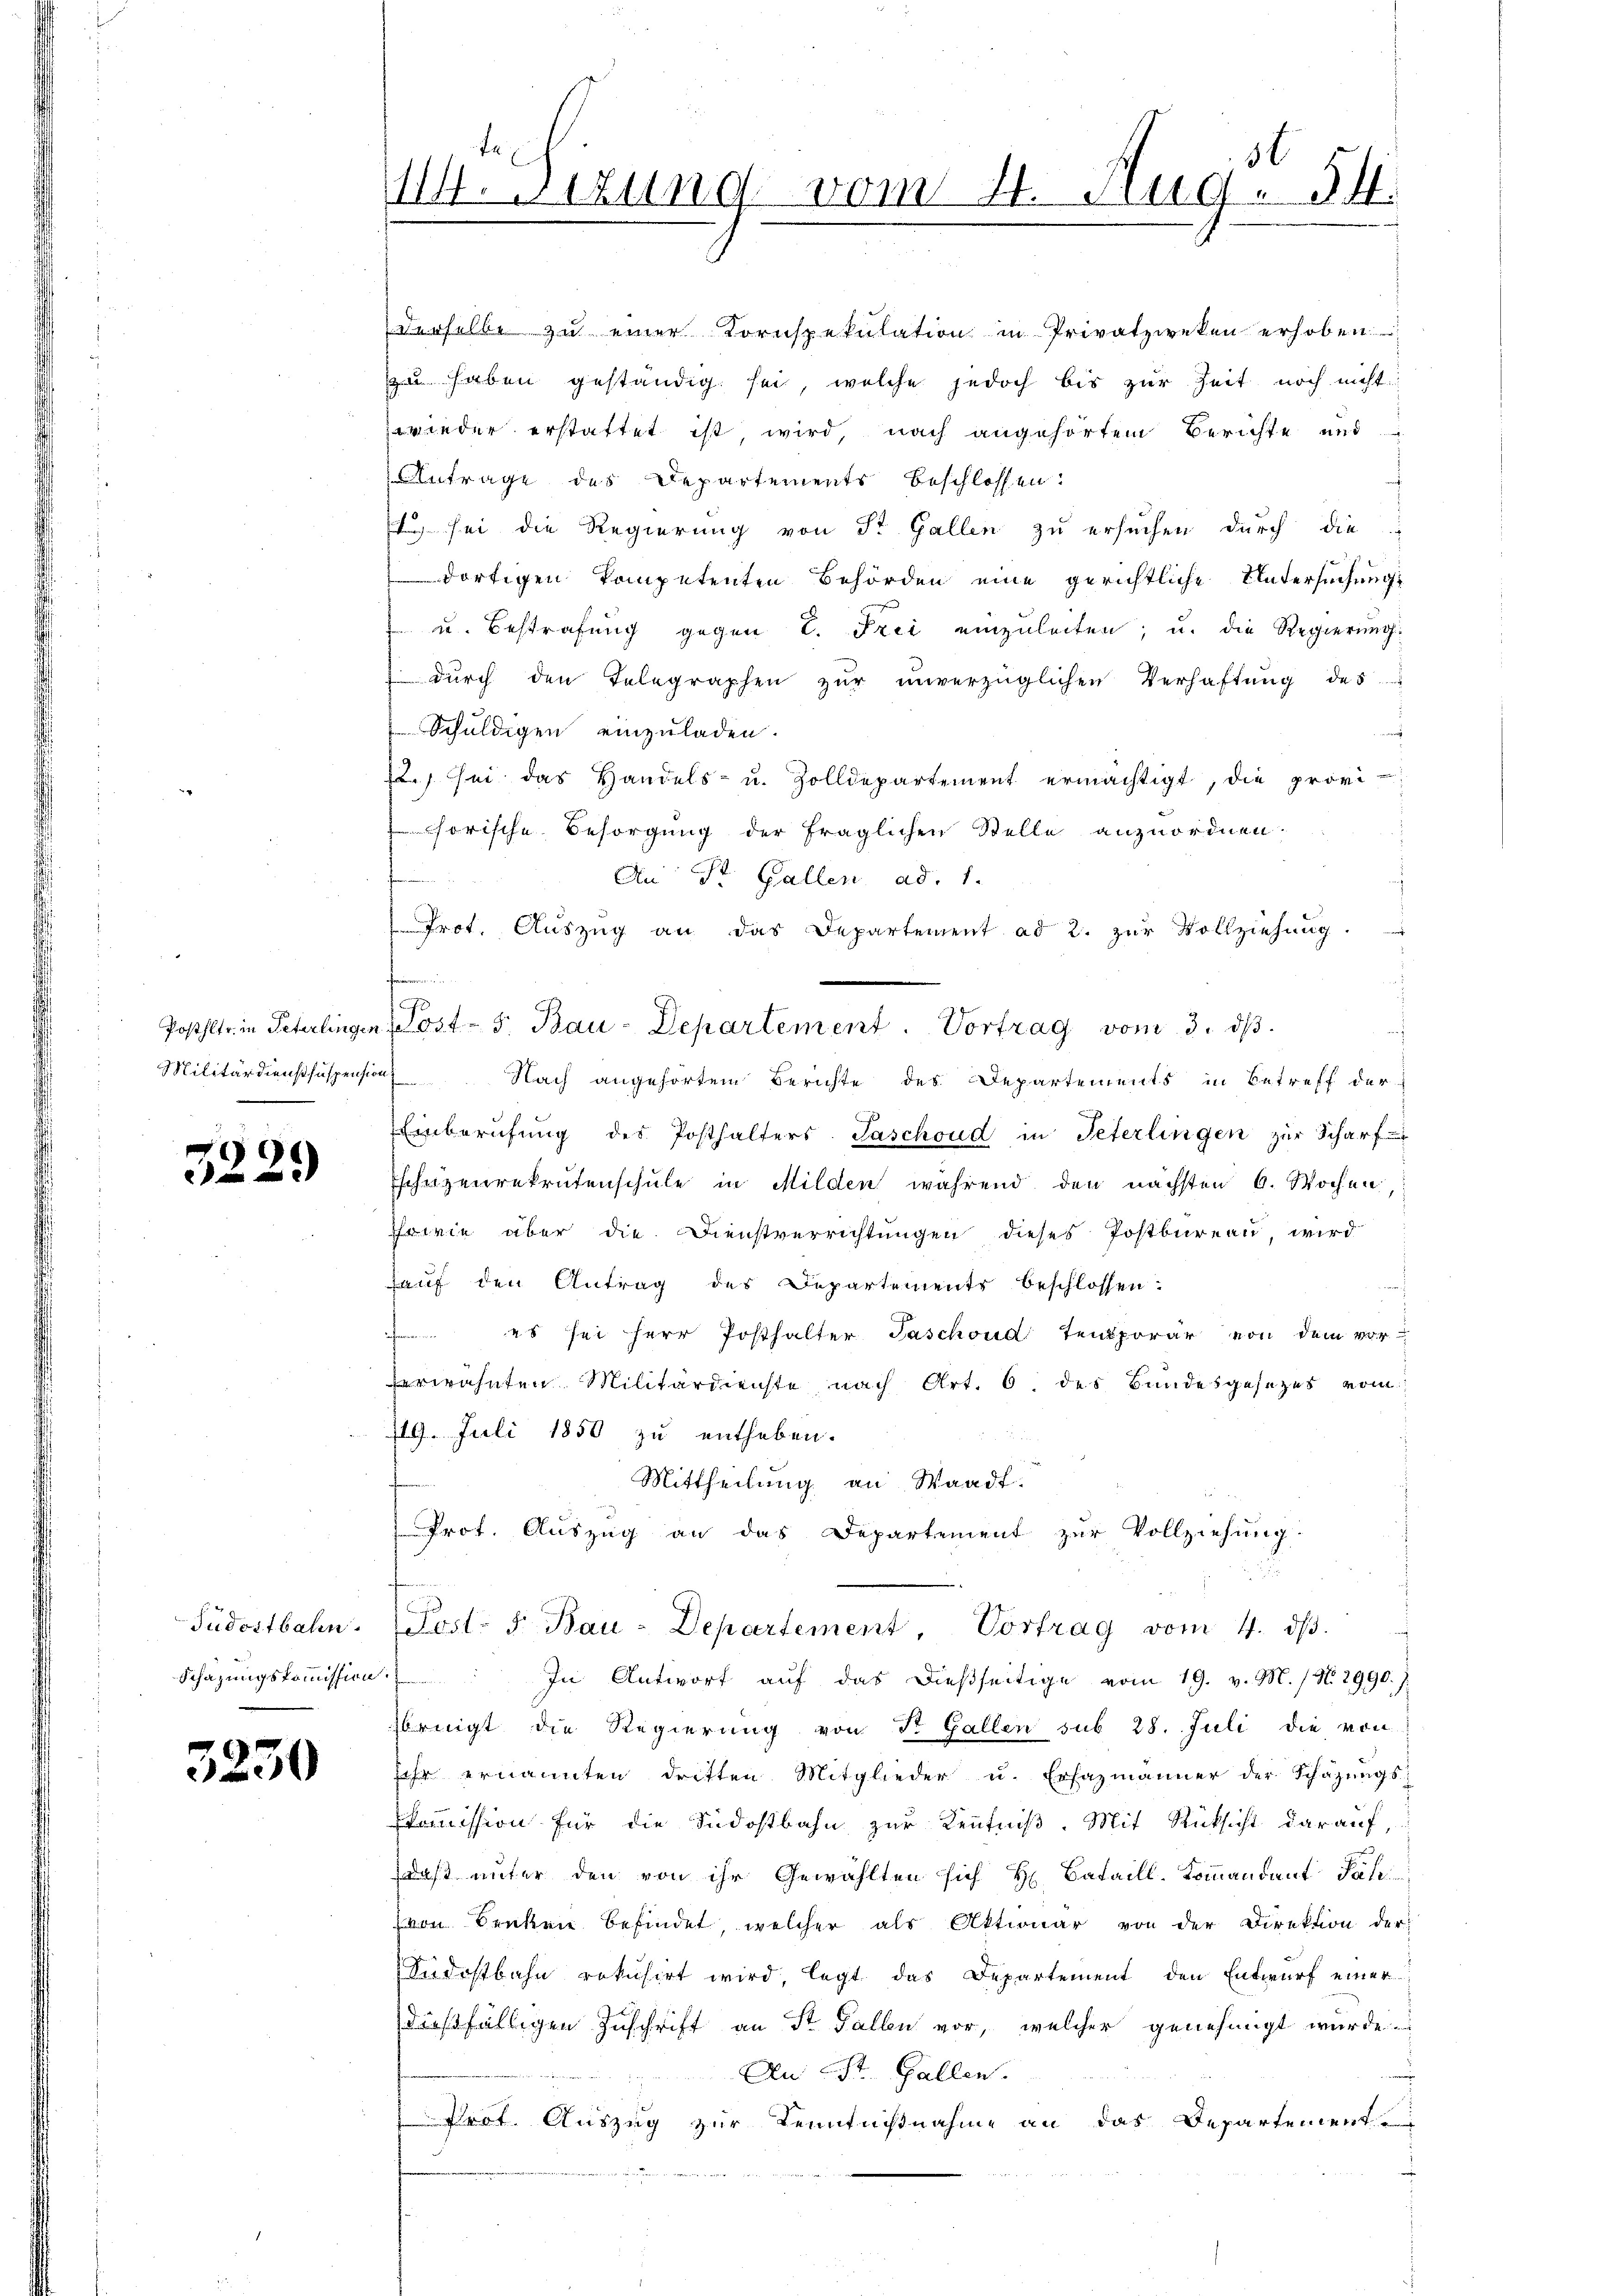
Posthltr. in Peterlingen.
Militärdienst suspension

9

Judostbahn.
Schazungskommission

3230

114. 1219

derselbe zŭ einer Kornspekulation in Privatzweken erhoben.
zu haben geständig sei, welche jedoch bis zur Zeit noch nicht
wieder erstattet ist wird nach angehörtem Berichte und
ntrage des Departements beschlossen:
s sei die Regierung von St. Gallen zu ersuchen durch die
dortigen kompetenten Behörden eine gerichtliche Untersuchungs
u. Bestrafung gegen L. Frei einzuleiten, u. die Regierung
dŭrch den Telegraphen zŭr unverzüglichen Verhaftung des
Schuldigen einzuladen.
) sei das Handels- u. Zolldepartement ermächtigt, die provi-
 horische Besorgung der fraglichen Stelle anzuordnen.
t
An St. Gallen ad 1.
Prot. Aŭszŭg an das Departement ad 2. zur Vollziehung.
d
Nach angehörtem Berichte des Departements in Betreff der
ß
Einberufung des Posthalters Taschoud in Peterlingen zur Scharf
Eschezenrekrutenschule in Milden während den nächsten 6. Wochen
wie aber die Dienstverrichtungen dieses Postbureau wird
hauf den Antrag des Departements beschlossen:
 es sei herr Posthalter Taschond Temporar von dem vor-
erwähnten Militärdienste nach Art. 6. des Bundesgesezes vom
719. Juli 1850 zu entheben.
Mittheilung an Waadt.
Prot. Auszug an das Departement zur Vollziehung.
Post. d. Bau-Departement, Vortrag vom 4. dβ.
In Antworf auf das dießseitige vom 19. v. M. / N. 2990.;
bringt die Regierung von St. Gallen sub 28. Juli die von
sehr ernannten dritten Mitglieder u. Ersazmänner der Schazungskommission für die Südostbahn zur Kenntniß. Mit Rücksicht darauf,
daß unter den von ihr Gewählten sich H. Bataill. Kommandant Jah
von Seiten befindet, welcher als Aktionar von der Direktion der
Südostbahn rekusirt wird legt das Departement den Entwurf einer
dießfälligen Zuschrift an St. Gallen vor, welcher genehmigt wurde
An St. Gallen.
Prot. Auszug zur Kenntnißnahme an das Departement-

Post- 5. Bau-Departement. Vortrag vom 3. dβ

30
vom 4. Aug. 54.